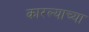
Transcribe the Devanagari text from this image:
कारल्याच्या